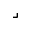
\lrcorner